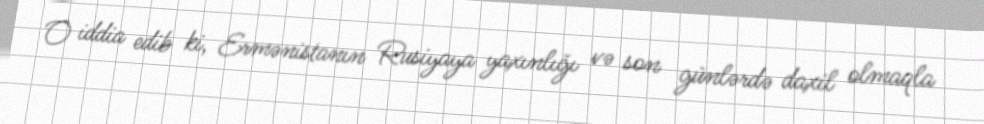
O iddia edib ki, Ermənistanın Rusiyaya yaxınlığı və son günlərdə daxil olmaqla